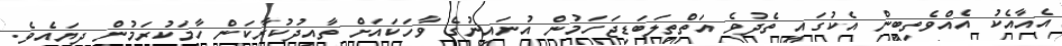
އެއާއެކު އެއްވެތިބީން އެކުގައި ތެދުވެ އަތްތިލަބަޑިޖަހަމުން އުނައިނުގެ ވާހަކައަށް ތާއިދުކުރާކަން ހާމަކުރަމުން ދިޔައެވެ.